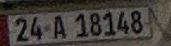
24 A 18148